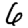
Digit: 6